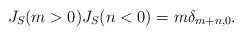
LaTeX: \begin{align*}J_S(m > 0)J_S(n<0) = m\delta_{m+n,0}.\end{align*}